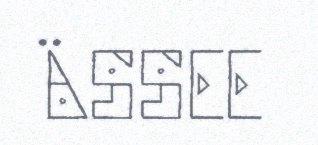
ÄSSEE